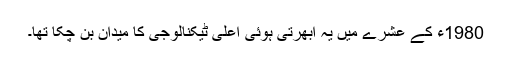
1980ء کے عشرے میں یہ ابھرتی ہوئی اعلیٰ ٹیکنالوجی کا میدان بن چکا تھا۔